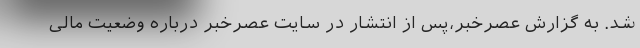
شد. به گزارش عصرخبر،پس از انتشار در سایت عصرخبر درباره وضعیت مالی